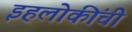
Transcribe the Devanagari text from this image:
इहलोकींची